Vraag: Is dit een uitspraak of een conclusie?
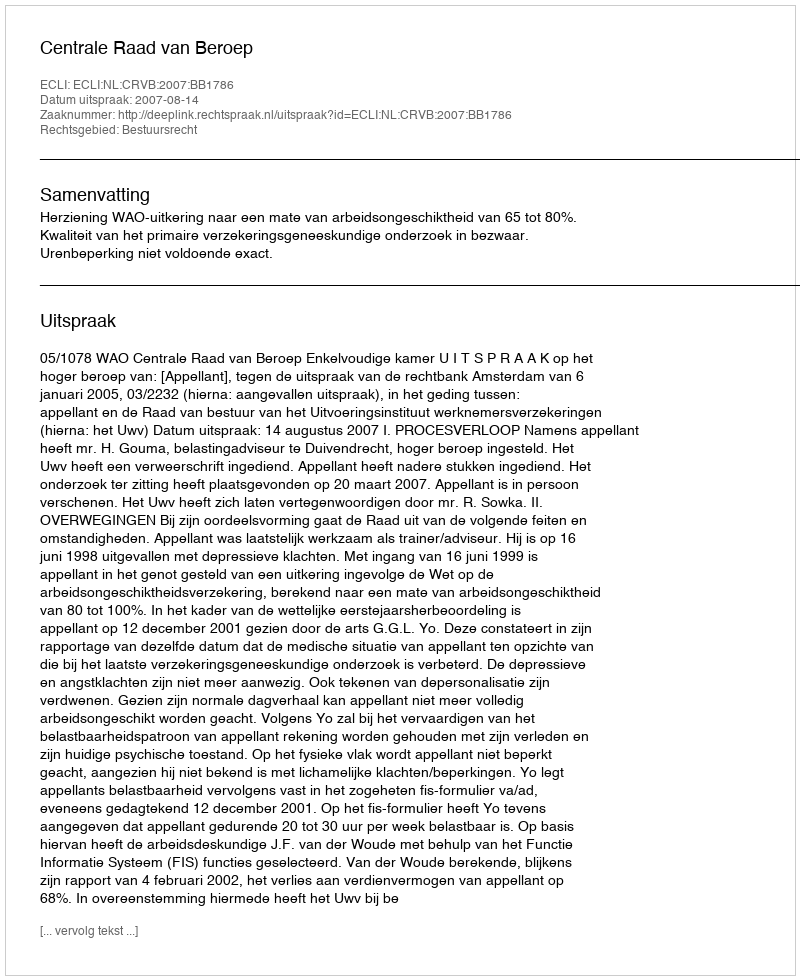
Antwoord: Uitspraak